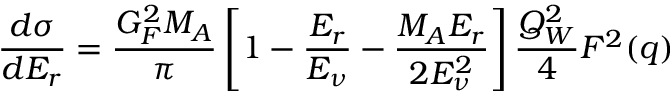
\frac { d \sigma } { d E _ { r } } = \frac { G _ { F } ^ { 2 } M _ { A } } { \pi } \left[ 1 - \frac { E _ { r } } { E _ { \nu } } - \frac { M _ { A } E _ { r } } { 2 E _ { \nu } ^ { 2 } } \right] \frac { Q _ { W } ^ { 2 } } { 4 } F ^ { 2 } ( q )